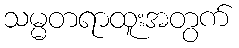
သမ္မတရာထူးအတွက်